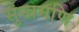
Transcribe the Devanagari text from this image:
सुखमणि